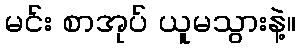
မင်း စာအုပ် ယူမသွားနဲ့။